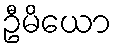
ဦမိယော